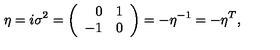
\eta = i \sigma ^ { 2 } = \left( \begin{array} { r c } { 0 } & { 1 } \\ { - 1 } & { 0 } \\ \end{array} \right) = - \eta ^ { - 1 } = - \eta ^ { T } ,